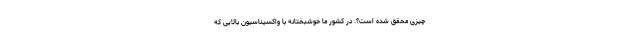
چیزی محقق شده است؟. در کشور ما خوشبختانه با واکسیناسیون بالایی که